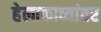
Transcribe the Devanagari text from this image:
हेलाकाव्यांवर